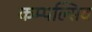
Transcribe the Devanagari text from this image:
कम्पल्सिव